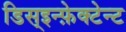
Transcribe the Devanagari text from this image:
डिस्इन्फ़ेक्टेन्ट